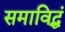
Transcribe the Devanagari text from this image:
समाविद्धं